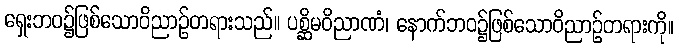
ရှေးဘဝ၌ဖြစ်သောဝိညာဉ်တရားသည်။ ပစ္ဆိမဝိညာဏံ၊ နောက်ဘဝ၌ဖြစ်သောဝိညာဉ်တရားကို။